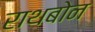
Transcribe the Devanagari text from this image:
राथबोन